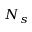
N _ { s }